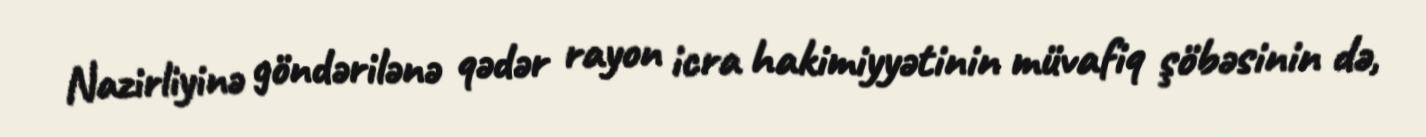
Nazirliyinə göndərilənə qədər rayon icra hakimiyyətinin müvafiq şöbəsinin də,